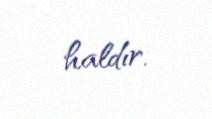
haldır.